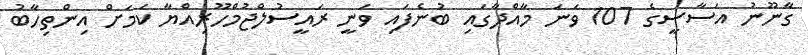
ގާނޫނު އަސާސީގެ 107 ވަނަ މާއްދާގައި ބުނެފައި ވަނީ ރައީސުލްޖުމްހޫރިއްޔާ ކަމަށް އިންތިހާބު